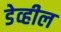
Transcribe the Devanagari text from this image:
डेव्हील